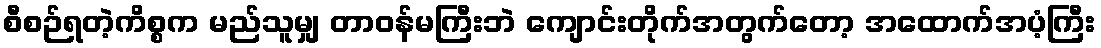
စီစဉ်ရတဲ့ကိစ္စက မည်သူမျှ တာဝန်မကြီးဘဲ ကျောင်းတိုက်အတွက်တော့ အထောက်အပံ့ကြီး